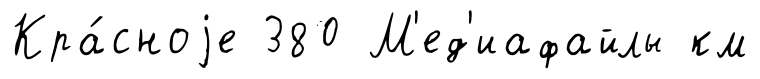
Кра́сноjе 380 М'ед'иафайлы км